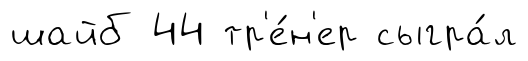
шайб 44 тр'е́н'ер сыгра́л